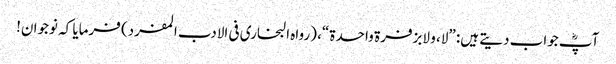
آپؓ جواب دیتے ہیں: ”لا، و لابزفرۃ واحدۃ“، (رواہ البخاری فی الادب المفرد) فرمایا کہ نوجوان!